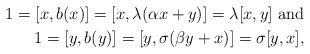
LaTeX: \begin{align*} 1 = [x,b(x)] = [x,\lambda(\alpha x + y)] = \lambda[x,y] \ \mathrm{and} \\ 1 = [y,b(y)] = [y,\sigma(\beta y + x)] = \sigma[y,x],\end{align*}